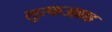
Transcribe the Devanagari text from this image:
लुत्फउल्लाह